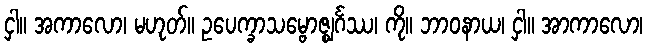
ငှါ။ အကာလော၊ မဟုတ်။ ဥပေက္ခာသမ္ဗောဇ္ဈင်္ဂဿ၊ ကို။ ဘာဝနာယ၊ ငှါ။ အာကာလော၊